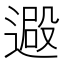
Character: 𨕮